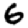
Digit: 6